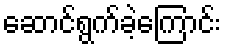
ဆောင်ရွက်ခဲ့ကြောင်း